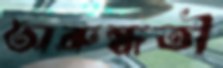
অরুন্ধতী